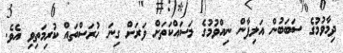
ދިމާވުމުގެ ސަބަބުން އަލިފާން ނިއްވުމުގެ މަސައްކަތަށް ވަރަށް ގިނަ ހުރަސްތައް ކުރިމަތިވި އެވެ.